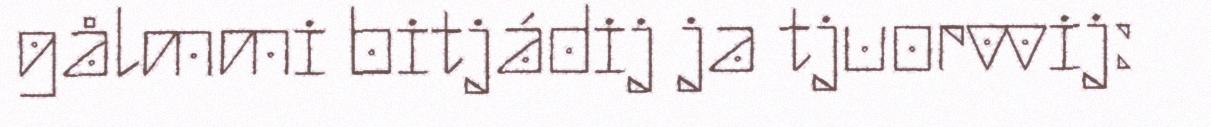
gålmmi bitjádij ja tjuorvvij: